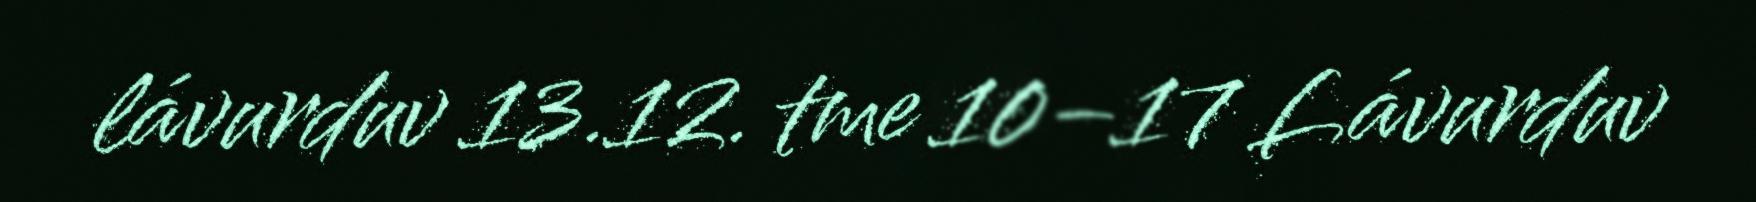
lávurduv 13.12. tme 10–17 Lávurduv